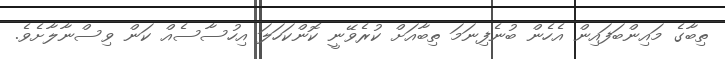
ތިބާގެ މައިންބަފައިން އެހެން ބުނެފިނަމަ ތިބާއަށް ކުރެވޭނީ ކޮންކަހަލަ އިހުސާސެއް ކަން ވިސްނާލާށެވެ.